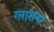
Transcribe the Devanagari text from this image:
ग्लासनर